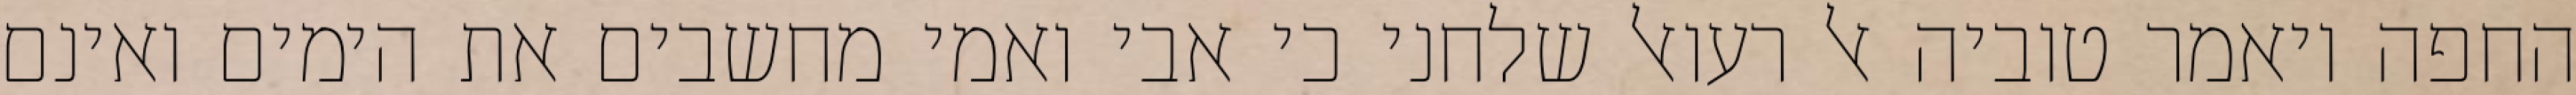
החפה ויאמר טוביה אל רעואל שלחני כי אבי ואמי מחשבים את הימים ואינם